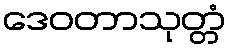
ဒေဝတာသုတ္တံ